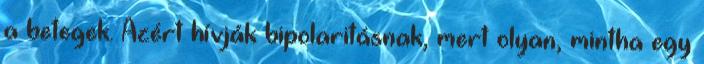
a betegek. Azért hívják bipolaritásnak, mert olyan, mintha egy